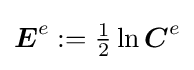
{\boldsymbol {E}}^{e}:={\tfrac {1}{2}}\ln {\boldsymbol {C}}^{e}